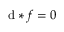
\mathrm { d } * f = 0